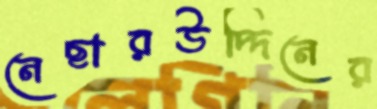
নেছারউদ্দিনের